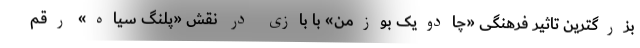
بزرگترین تاثیر فرهنگی «چادویک بوزمن» با بازی در نقش «پلنگ سیاه» رقم